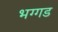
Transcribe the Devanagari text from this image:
भग्‍गड